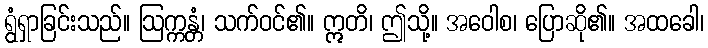
ရွံရှာခြင်းသည်။ ဩက္ကန္တံ၊ သက်ဝင်၏။ ဣတိ၊ ဤသို့။ အဝေါစ၊ ပြောဆို၏။ အထခေါ၊